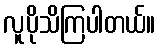
လူပိုသိကြပါတယ်။